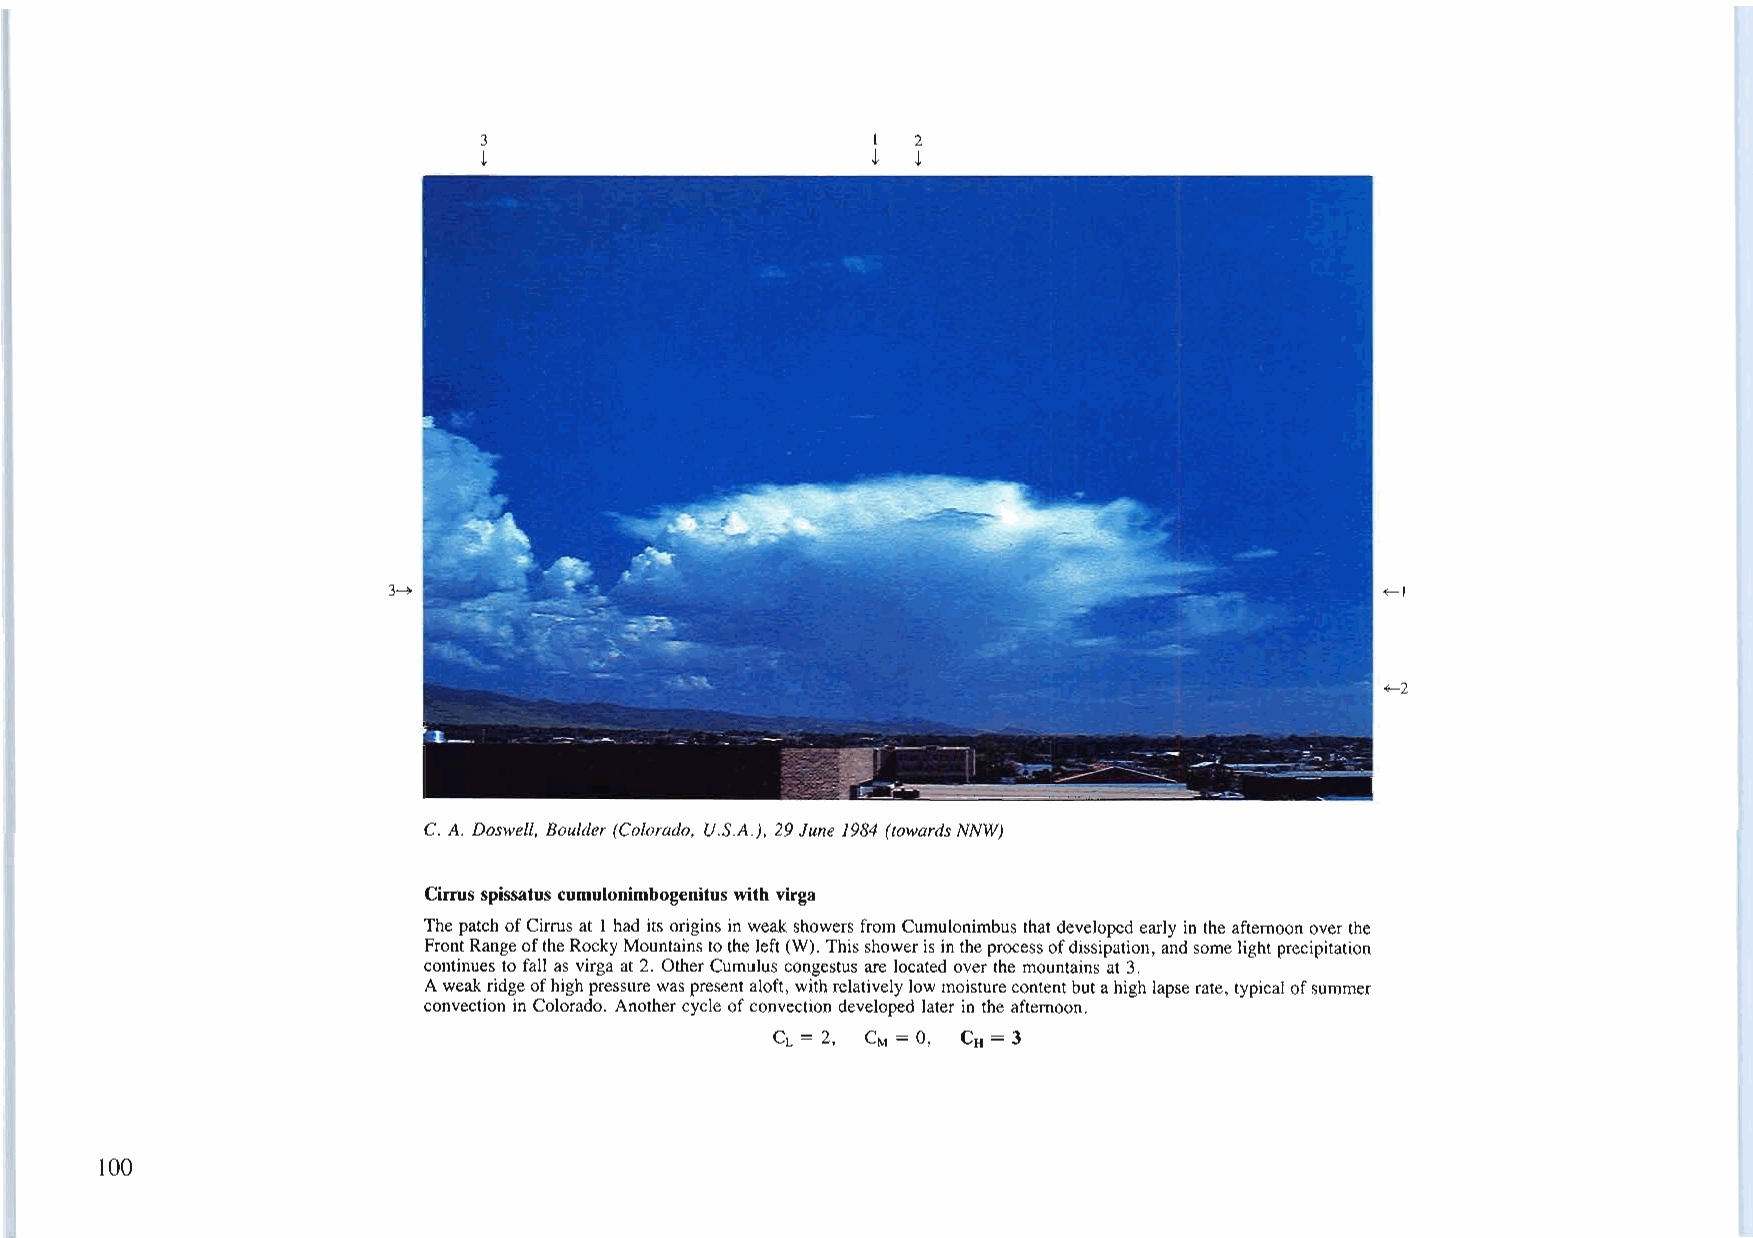
3                         I 2
 t                         t t
 3~                                                               +-1
 +-2
 C. A. Doswell, Boulder (Colorado, U.S.A.), 29June 1984 (towards NNW)
 Cirrus spissatus cumulonimbogenituswith virga
 The patchofCirrus at 1had its origins in weak showers from Cumulonimbus that developedearly in the afternoon overthe
 FrontRangeoftheRockyMountainstotheleft(W). Thisshowerisintheprocessofdissipation,andsomelightprecipitation
 continues to fall as virga at 2. OtherCumulus congestus are located overthe mountains at 3.
 Aweakridgeofhighpressurewaspresentaloft, withrelativelylowmoisturecontentbutahighlapserate, typicalofsummer
 convection in Colorado. Anothercycle ofconvectiondeveloped laterin the afternoon.
 CL = 2, CM = 0, CH = 3
 100